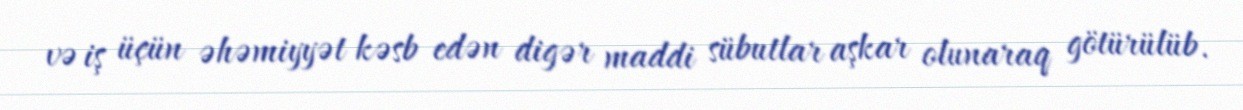
və iş üçün əhəmiyyət kəsb edən digər maddi sübutlar aşkar olunaraq götürülüb.